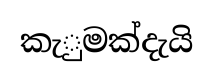
කැුමක්දැයි